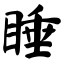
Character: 睡